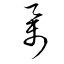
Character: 擧